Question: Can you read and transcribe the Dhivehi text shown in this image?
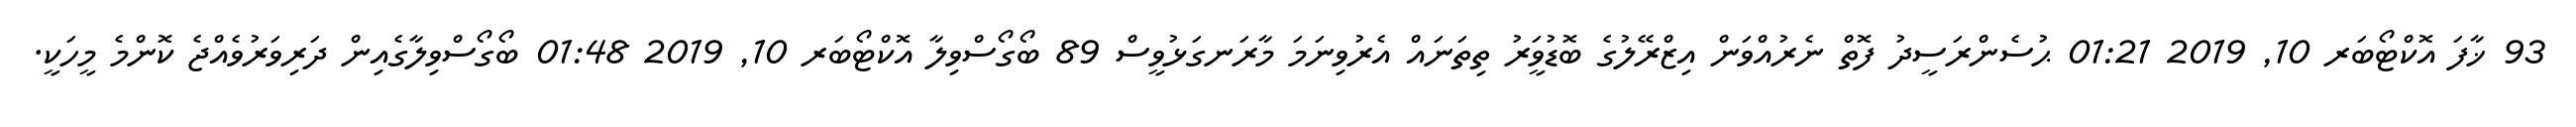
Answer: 93 ޚާފަ އޮކްޓޯބަރ 10, 2019 01:21 ޙުސެންރަސީދު ފޮތް ނެރުއްވަން އިޒްރޭލުގެ ބޮޑުވަީރު ތިތަނައް އެރުވިނަމަ މާރަނގަޅުވީސް 89 ބޯގޯސްވިލާ އޮކްޓޯބަރ 10, 2019 01:48 ބޯގޯސްވިލާގެއިން ދަރިވަރުވެއްޖެ ކޮންމެ މީހަކީ.